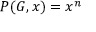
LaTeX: P ( G , x ) = x ^ { n }